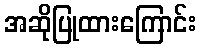
အဆိုပြုထားကြောင်း